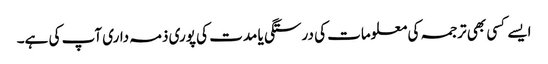
ایسے کسی بھی ترجمہ کی معلومات کی درستگی یا مدت کی پوری ذمہ داری آپ کی ہے۔